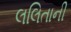
લલિતાની